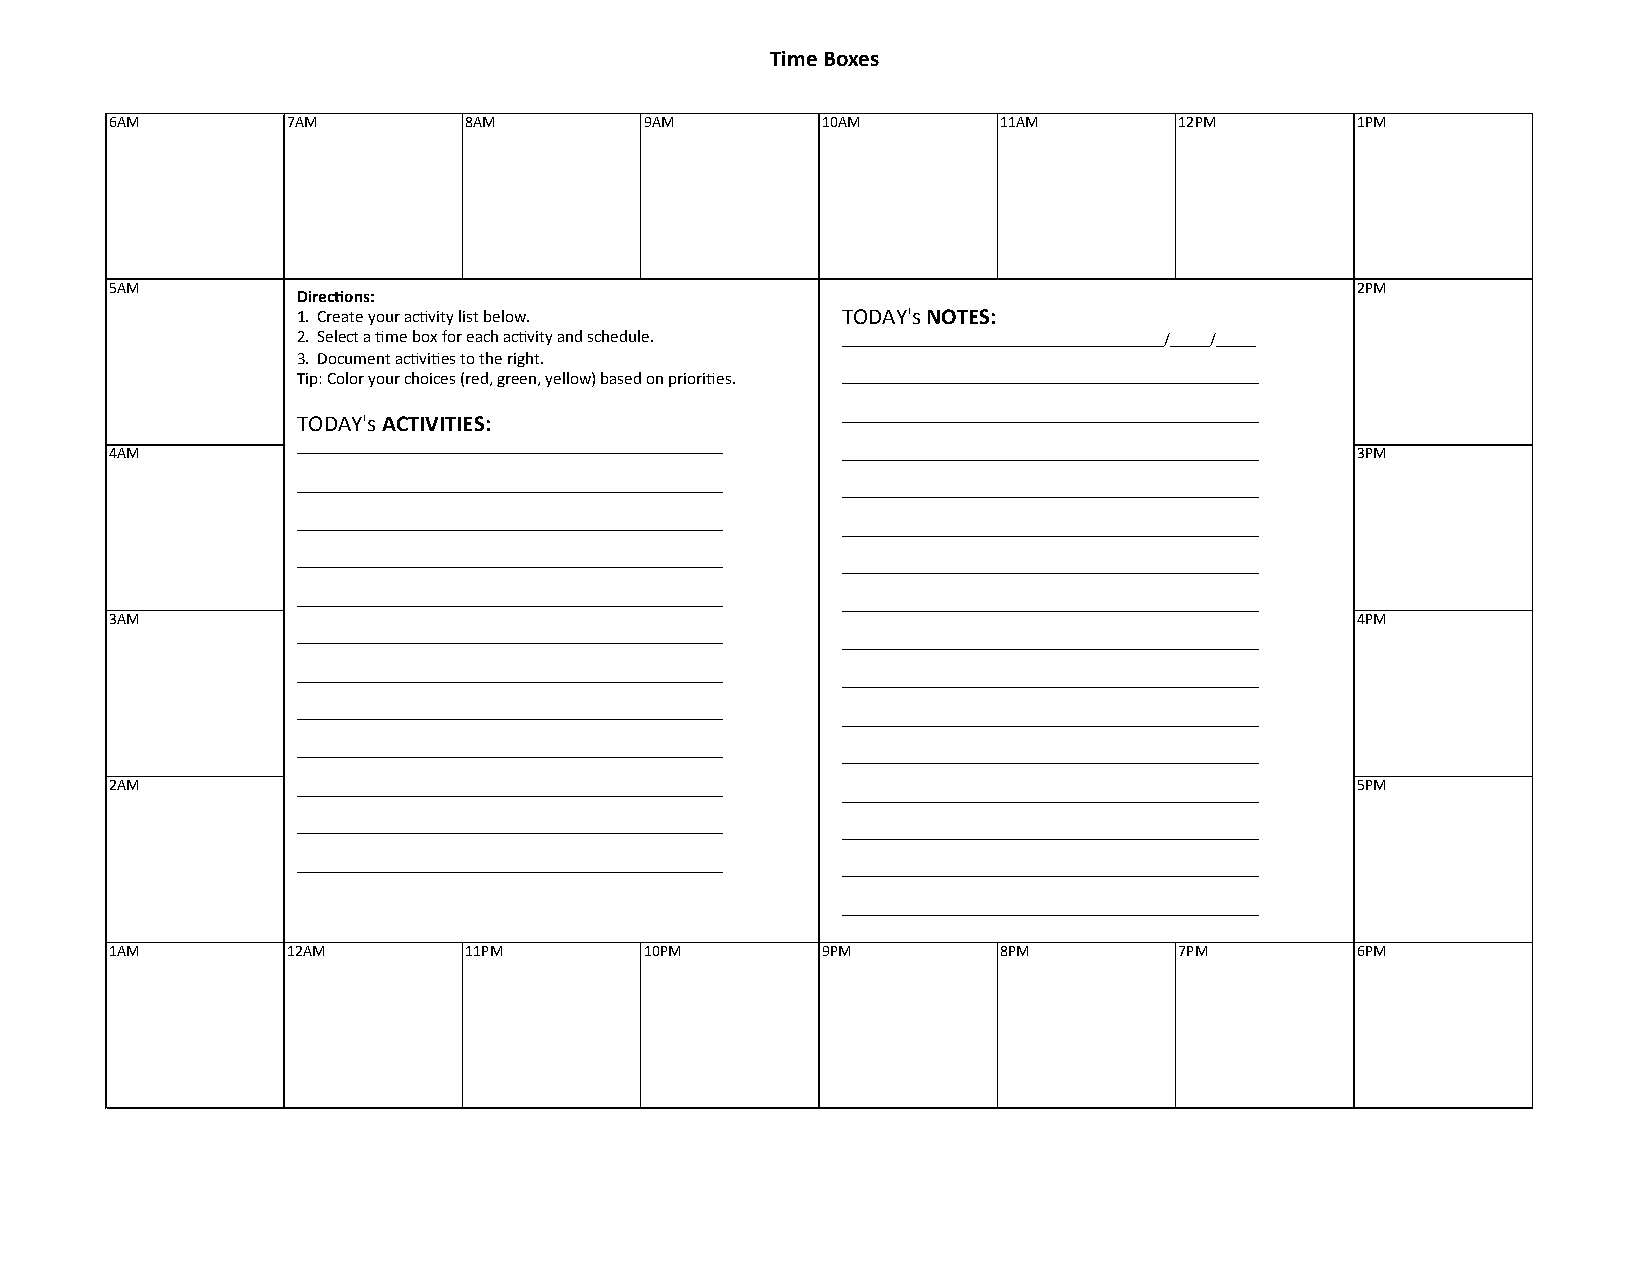
Time Boxes
 6AM         7AM         8AM         9AM        10AM        11AM        12PM        1PM
 5AM                                                                                2PM
 Direc-ons:
 1. Create your ac9vity list below.  TODAY's NOTES:
 2. Select a 9me box for each ac9vity and schedule. _________________________________________/_____/_____
 3. Document ac9vi9es to the right.
 Tip: Color your choices (red, green, yellow) based on priori9es. _____________________________________________________
 TODAY's ACTIVITIES:                 _____________________________________________________
 4AM          ______________________________________________________ _____________________________________________________ 3PM
 ______________________________________________________ _____________________________________________________
 ______________________________________________________ _____________________________________________________
 ______________________________________________________ _____________________________________________________
 ______________________________________________________ _____________________________________________________
 3AM                                                                                4PM
 ______________________________________________________ _____________________________________________________
 ______________________________________________________ _____________________________________________________
 ______________________________________________________ _____________________________________________________
 ______________________________________________________ _____________________________________________________
 2AM          ______________________________________________________ _____________________________________________________ 5PM
 ______________________________________________________ _____________________________________________________
 ______________________________________________________ _____________________________________________________
 _____________________________________________________
 1AM         12AM        11PM        10PM       9PM         8PM         7PM         6PM